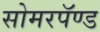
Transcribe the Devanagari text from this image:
सोमरपॅण्ड